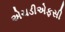
એચડીએફસી